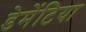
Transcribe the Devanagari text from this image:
डेमेंटिया